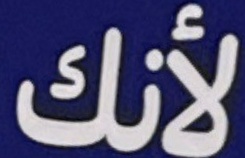
لأنك